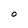
Character: O